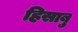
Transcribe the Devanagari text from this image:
हिसाबु